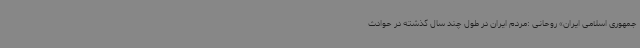
جمهوری اسلامی ایران» روحانی :مردم ایران در طول چند سال گذشته در حوادث